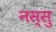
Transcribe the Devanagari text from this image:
नस्सु